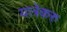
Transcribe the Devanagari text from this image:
यात्रेकरु